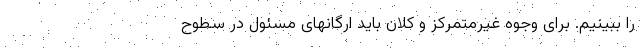
را ببینیم. برای وجوه غیرمتمرکز و کلان باید ارگانهای مسئول در سطوح